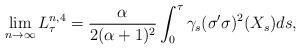
LaTeX: \begin{align*} \lim_{n\rightarrow \infty } L^{n,4} _\tau = \frac {\alpha} {2(\alpha+1)^2} \int_0^\tau \gamma_s (\sigma'\sigma)^2(X_s) ds, \end{align*}